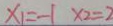
x _ { 1 } = - 1 x 2 = 2